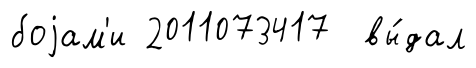
боjам'и 2011073417 вы́дал